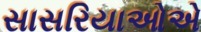
સાસરિયાઓએ